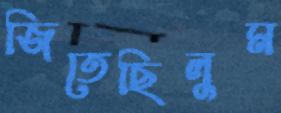
জিতেছিলুম